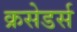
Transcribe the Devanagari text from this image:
क्रसेडर्स